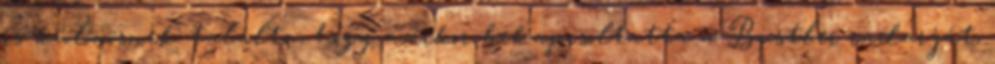
is különösnek találta, hogy amikor bekapcsoltatta a Bustler radarját,